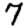
Digit: 7